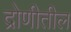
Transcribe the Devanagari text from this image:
द्रोणीतील